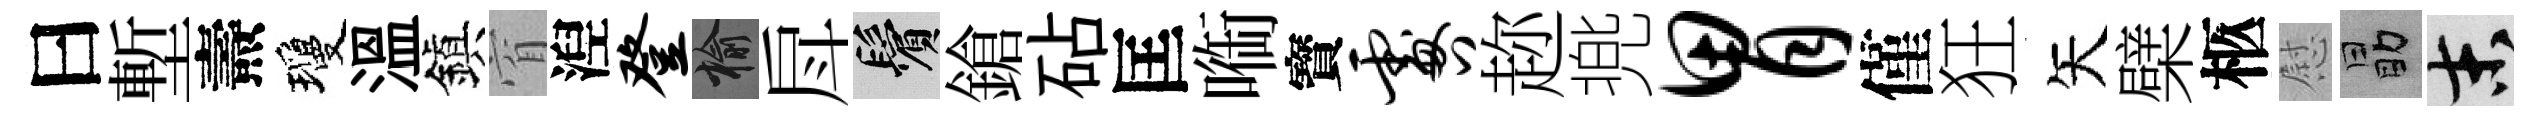
曰塹燾瓊溫鎭窅湼登榆戽鬢鎗砧匡㗸寳咎趂兠胃僅狂矢檗柩慰勗末